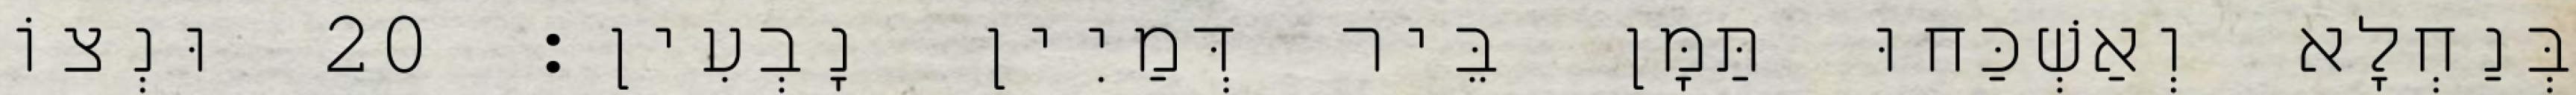
בְּנַחְלָא וְאַשְׁכַּחוּ תַּמָּן בֵּיר דְּמַיִין נָבְעִין׃ 20 וּנְצוֹ